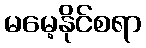
မမေ့နိုင်စရာ